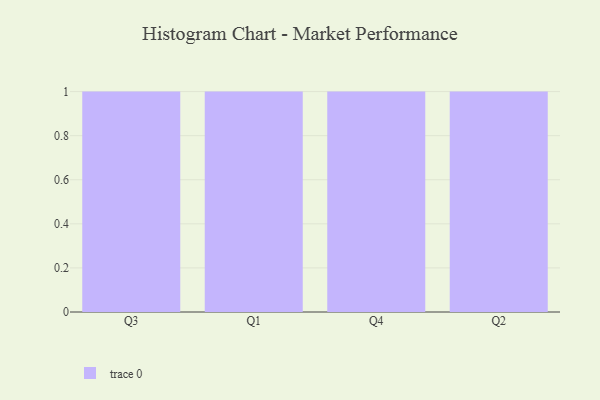
{"axis": {"x": "Quarter", "y": "Demand Index"}, "legend": [""], "data": [{"x": "Q3", "y": 87, "type": ""}, {"x": "Q1", "y": 35, "type": ""}, {"x": "Q4", "y": 26, "type": ""}, {"x": "Q2", "y": 94, "type": ""}]}